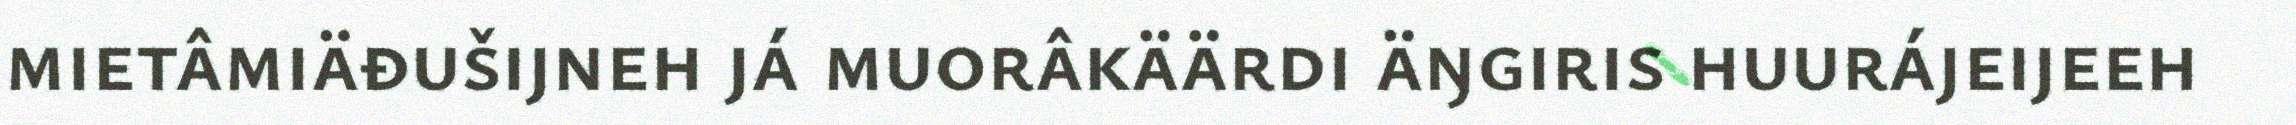
mietâmiäđušijneh já muorâkäärdi äŋgiris huurájeijeeh